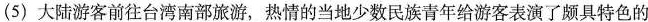
(5)大陆游客前往台湾南部旅游，热情的当地少数民族青年给游客表演了颇具特色的